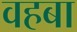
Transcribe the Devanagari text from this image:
वहबा